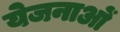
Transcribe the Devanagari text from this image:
येजनाओं